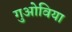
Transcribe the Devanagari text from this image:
गुओविया